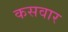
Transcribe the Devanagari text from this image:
कसवार